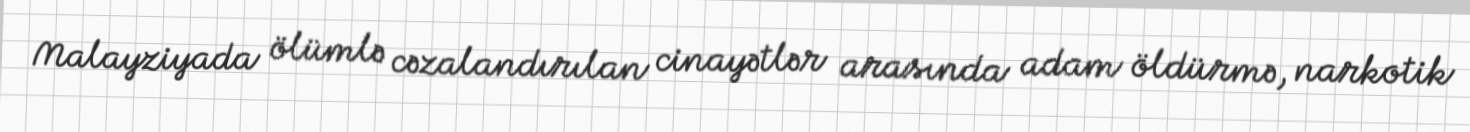
Malayziyada ölümlə cəzalandırılan cinayətlər arasında adam öldürmə, narkotik